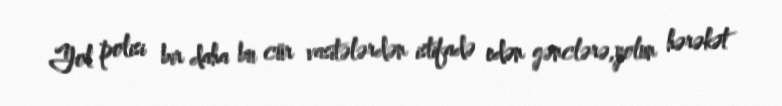
Yol polisi bir daha bu cür vasitələrdən istifadə edən gənclərə,yolun hərəkət